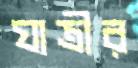
যাত্রীর